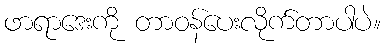
ဖာရာဒေးကို တာဝန်ပေးလိုက်တာပါပဲ။